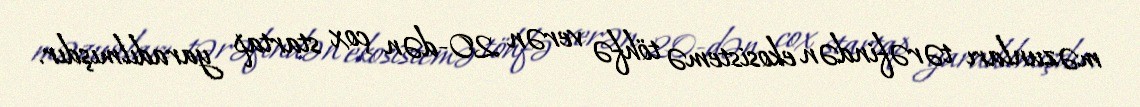
məzunları tərəfindən ekosistemə töhfə verən 20-dən çox startap yaradılmışdır.